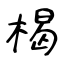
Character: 楬